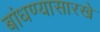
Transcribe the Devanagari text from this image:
बांधण्यासारखे